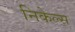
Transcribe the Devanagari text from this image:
निकेल्स